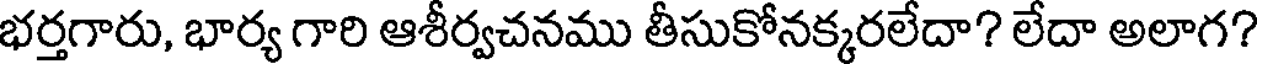
భర్తగారు, భార్య గారి ఆశీర్వచనము తీసుకోనక్కరలేదా? లేదా అలాగ?